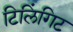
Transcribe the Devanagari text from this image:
टिलिंगिट